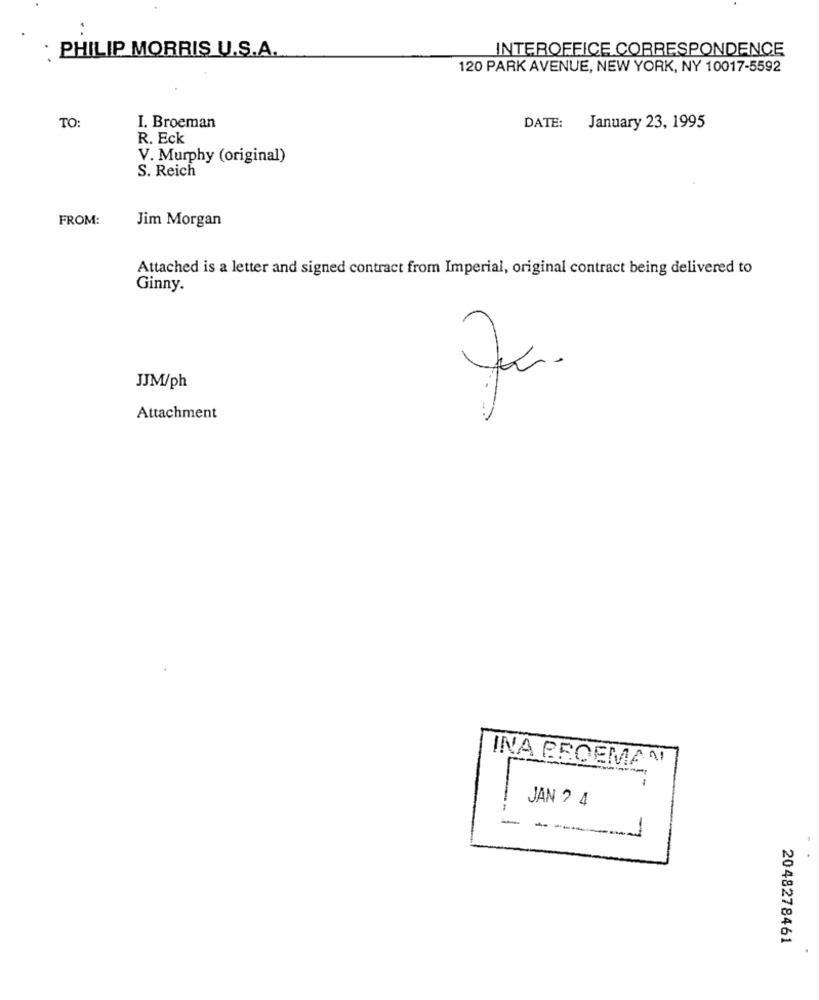
PHILIP MORRIS U.S.A.
INTEROFFICE CORRESPONDENCE
120 PARK AVENUE, NEW YORK, NY 10017-5592
TO:
I. Broeman
DATE:
January 23, 1995
R. Eck
V. Murphy (original)
S. Reich
FROM:
Jim Morgan
Attached is a letter and signed contract from Imperial, original contract being delivered to
Ginny.
JJM/ph
Attachment
INA PROEMAN
-
JAN ? 4
----
2048278461